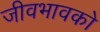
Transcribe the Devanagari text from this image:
जीवभावको